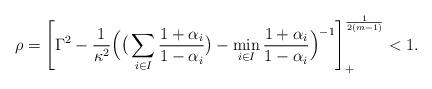
LaTeX: \begin{align*}\rho =\left[\Gamma^2 -\frac{1}{\kappa^2}\Big(\big(\sum_{i\in I}\frac{1+\alpha_i}{1-\alpha_i}\big) -\min_{i\in I}\frac{1+\alpha_i}{1-\alpha_i}\Big)^{-1}\right]_+^{\frac{1}{2(m-1)}} <1.\end{align*}